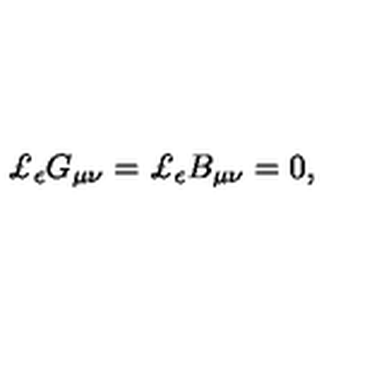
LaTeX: \pounds _ { \bf { \epsilon } } G _ { \mu \nu } = \pounds _ { \bf { \epsilon } } B _ { \mu \nu } = 0 ,